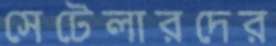
সেটেলারদের